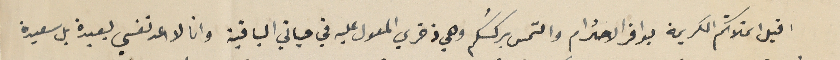
اقبل اىملاتكم الكريمة بوافر الاحترام والتمس بركتكم وهي ذخري المعول عليه في حياتي الباقية وانا لا اعد نفسي بعيدة بل سعيدة